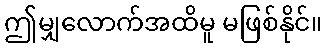
ဤမျှလောက်အထိမူ မဖြစ်နိုင်။